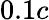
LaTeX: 0.1c